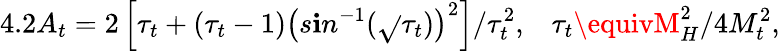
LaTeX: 4.2A_{t}=2\left[\tau_{t}+(\tau_{t}-1)\left(s\mathbf{i}n^{-1}(\sqrt{}{{\tau_{t}}})\right)^{2}\right]/\tau_{t}^{2},\; \; \; \tau_{t}\equivM_{H}^{2}/4M_{t}^{2},